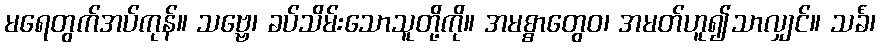
မရေတွက်အပ်ကုန်။ သဗ္ဗေ၊ ခပ်သိမ်းသောသူတို့ကို။ အမစ္စာတွေဝ၊ အမတ်ဟူ၍သာလျှင်။ သင်္ခံ၊